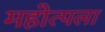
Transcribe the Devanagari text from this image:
महोत्पला